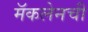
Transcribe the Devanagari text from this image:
मॅकलेनची